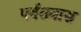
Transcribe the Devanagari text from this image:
पर्वतवास